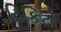
ટિકિટો